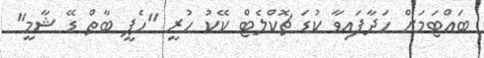
ބައްޓަމަށް ހަދާފައިވާ ކުޑަ ޗޮކްލެޓް ކޭކު ހުރީ "ހެޕީ ބާތް ޑޭ ޝާމީ"